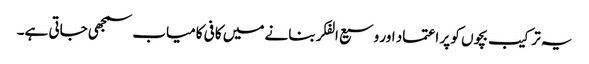
یہ ترکیب بچوں کو پر اعتماد اور وسیع الفکر بنانے میں کافی کامیاب سمجھی جاتی ہے۔